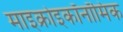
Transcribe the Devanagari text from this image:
माइक्रोइकॉनॉमिक